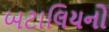
બટાલિયનો